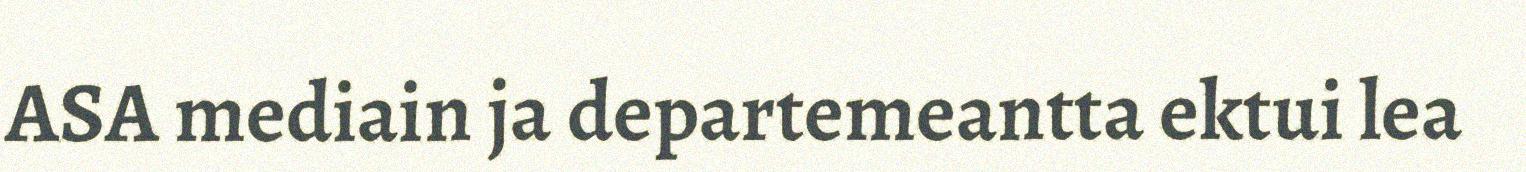
ASA mediain ja departemeantta ektui lea